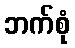
ဘက်စုံ